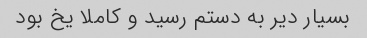
بسیار دیر به دستم رسید و کاملا یخ بود